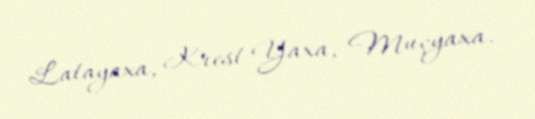
Latayaxa, Krest-Yaxa, Muçyaxa.